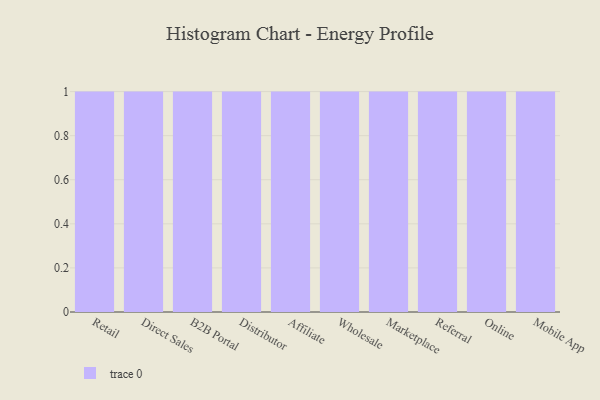
{"axis": {"x": "Channel", "y": "Temperature (°C)"}, "legend": [""], "data": [{"x": "Retail", "y": 8, "type": ""}, {"x": "Direct Sales", "y": 25, "type": ""}, {"x": "B2B Portal", "y": 73, "type": ""}, {"x": "Distributor", "y": 77, "type": ""}, {"x": "Affiliate", "y": 20, "type": ""}, {"x": "Wholesale", "y": 9, "type": ""}, {"x": "Marketplace", "y": 35, "type": ""}, {"x": "Referral", "y": 79, "type": ""}, {"x": "Online", "y": 51, "type": ""}, {"x": "Mobile App", "y": 69, "type": ""}]}